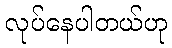
လုပ်နေပါတယ်ဟု